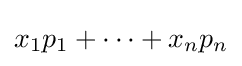
x_{1}p_{1}+\dots +x_{n}p_{n}